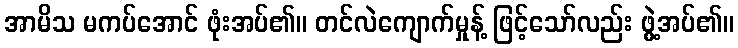
အာမိသ မကပ်အောင် ဖုံးအပ်၏။ တင်လဲကျောက်မှုန့် ဖြင့်သော်လည်း ဖွဲ့အပ်၏။